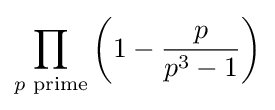
\prod _{p{\text{ prime}}}\left(1-{\frac {p}{p^{3}-1}}\right)